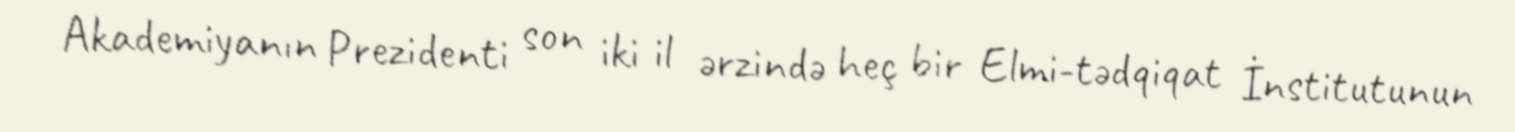
Akademiyanın Prezidenti son iki il ərzində heç bir Elmi-tədqiqat İnstitutunun